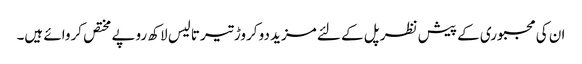
ان کی مجبوری کے پیش نظر پل کے لئے مزید دو کروڑ تیر تالیس لاکھ روپے مختص کروائے ہیں۔